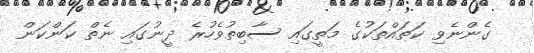
ގެންނެވި ކަތައްތަކުގެ މަތީގައި ސާބިތުވެހުރެ ދީނުގައި ނެތް ކަންކަން